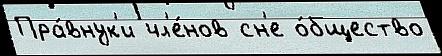
Пра́внук'и чл'е́нов сн'е о́бщество